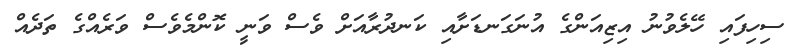
ސިހިފައި ހޭލެވުނު އިޒިއަންގެ އުނަގަނޑަށާއި ކަނދުރާއަށް ވެސް ވަނީ ކޮންމެވެސް ވަރެއްގެ ތަދެއް